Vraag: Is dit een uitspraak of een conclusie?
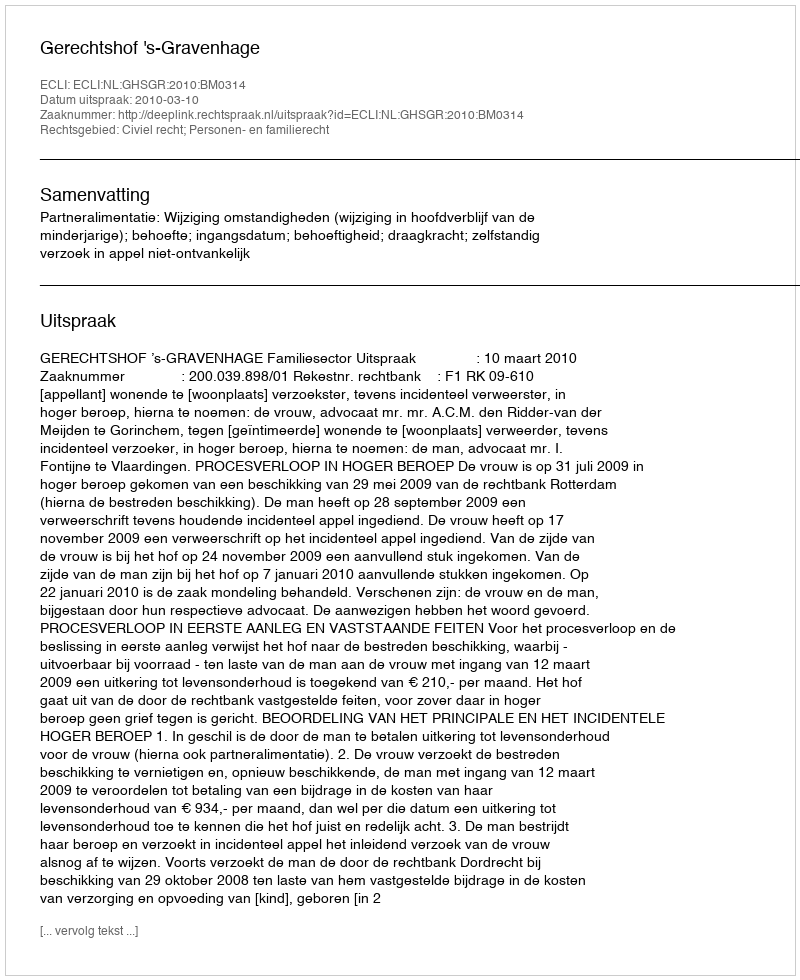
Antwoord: Uitspraak